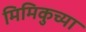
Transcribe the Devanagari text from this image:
मिमिकुच्या